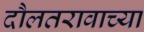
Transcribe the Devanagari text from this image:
दौलतरावाच्या